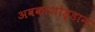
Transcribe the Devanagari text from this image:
अवकाशोड्डान